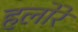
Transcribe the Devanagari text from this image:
हलोरे